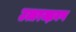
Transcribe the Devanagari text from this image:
उत्तरज्झयण